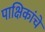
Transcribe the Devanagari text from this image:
पाक्षिकांचे